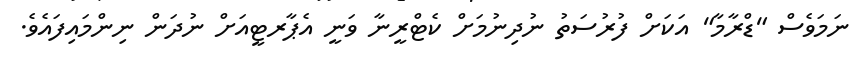
ނަމަވެސް "ޑްރާމާ" އަކަށް ފުރުސަތު ނުދިނުމަށް ކެޓްރީނާ ވަނީ އެޕާރޓީއަށް ނުދަން ނިންމައިފައެވެ.